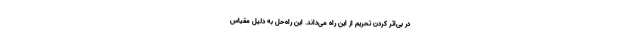
در بی‌اثر کردن تحریم از این راه می‌داند. این راه‌حل به دلیل مقیاس